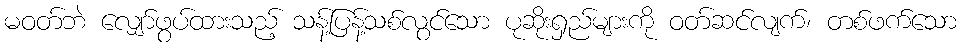
မဝတ်ဘဲ လျှော်ဖွပ်ထားသည့် သန့်ပြန့်သစ်လွင်သော ပုဆိုးရှည်များကို ဝတ်ဆင်လျက်၊ တစ်ဖက်သော